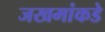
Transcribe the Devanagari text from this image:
जखमांकडे